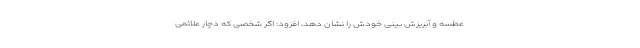
عطسه و آبریزش بینی خودش را نشان دهد، افزود: اگر شخصی که دچار علائمی